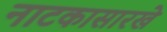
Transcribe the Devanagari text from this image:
नाटकासारखे